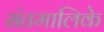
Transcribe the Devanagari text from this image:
संतमालिके